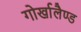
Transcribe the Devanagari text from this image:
गोर्खालैण्ड